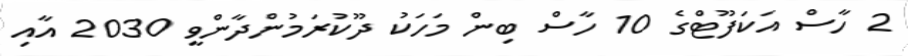
2 ހާސް އަކަފޫޓްގެ 10 ހާސް ބިން މަހަކު ދޫކުރަމުންދާންވީ 2030 އާއި